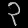
Digit: ၃